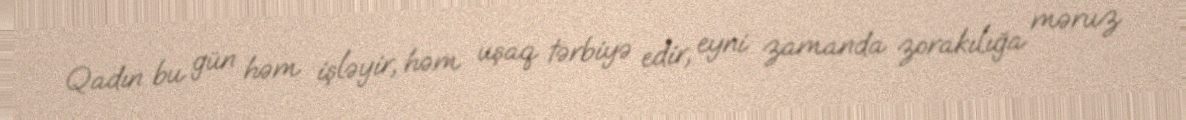
Qadın bu gün həm işləyir, həm uşaq tərbiyə edir, eyni zamanda zorakılığa məruz